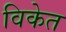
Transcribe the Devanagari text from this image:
विकेत